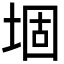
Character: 堌